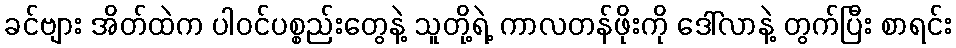
ခင်ဗျား အိတ်ထဲက ပါဝင်ပစ္စည်းတွေနဲ့ သူတို့ရဲ့ ကာလတန်ဖိုးကို ဒေါ်လာနဲ့ တွက်ပြီး စာရင်း